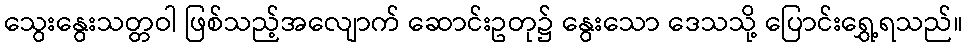
သွေးနွေးသတ္တဝါ ဖြစ်သည့်အလျောက် ဆောင်းဥတု၌ နွေးသော ဒေသသို့ ပြောင်းရွှေ့ရသည်။